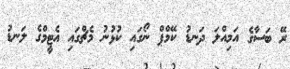
ރޭ ބަސާގެ އަމިއްލަ ދަނޑު ކޭމްޕް ނޯގައި ކުޅުނު މެޗްގައި އެޓީމްގެ ލަނޑު